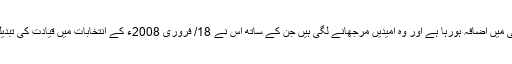
اس سے عام آدمی کی مایوسی میں اضافہ ہورہا ہے اور وہ امیدیں مرجھانے لگی ہیں جن کے ساتھ اس نے 18/ فروری 2008ء کے انتخابات میں قیادت کی تبدیلی کے حق میں ووٹ دیا تھا۔